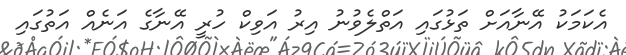
އެކަމަކު އޭނާއަށް ތަޅުގައި އަތްލެވުނު އިރު އަވިކް ހުރީ އޭނާގެ އަނެއް އަތުގައި